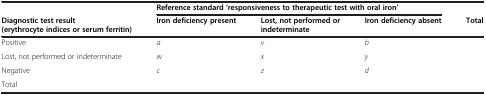
<table><thead><tr><td><b> </b></td><td colspan="3"><b>Reference standard ‘responsiveness to therapeutic test with oral iron’</b></td><td><b> </b></td></tr><tr><td><b>Diagnostic test result (erythrocyte indices or serum ferritin)</b></td><td><b>Iron deficiency present</b></td><td><b>Lost, not performed or indeterminate</b></td><td><b>Iron deficiency absent</b></td><td><b>Total</b></td></tr></thead><tbody><tr><td>Positive</td><td><i>a</i></td><td><i>v</i></td><td><i>b</i></td><td> </td></tr><tr><td>Lost, not performed or indeterminate</td><td><i>w</i></td><td><i>x</i></td><td><i>y</i></td><td> </td></tr><tr><td>Negative</td><td><i>c</i></td><td><i>z</i></td><td><i>d</i></td><td> </td></tr><tr><td>Total</td><td> </td><td> </td><td> </td><td> </td></tr></tbody></table>